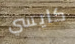
كايسي